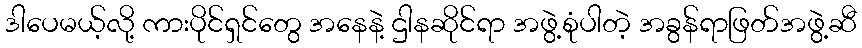
ဒါပေမယ့်လို့ ကားပိုင်ရှင်တွေ အနေနဲ့ ဌါနဆိုင်ရာ အဖွဲ့စုံပါတဲ့ အခွန်ရာဖြတ်အဖွဲ့ဆီ